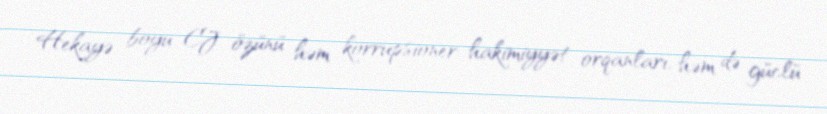
Hekayə boyu CJ özünü həm korrupsioner hakimiyyət orqanları, həm də güclü